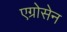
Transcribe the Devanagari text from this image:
एग्रोसेन